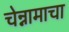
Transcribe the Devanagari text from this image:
चेन्नामाचा